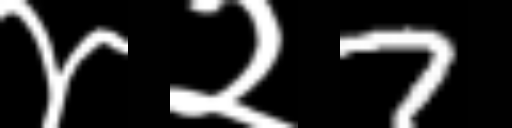
Text: ४२7